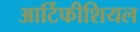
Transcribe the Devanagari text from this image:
आर्टिफीशियल